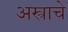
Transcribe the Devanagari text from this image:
अस्त्राचे